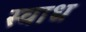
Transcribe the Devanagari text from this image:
स्वाध